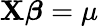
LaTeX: \mathbf{X}{\boldsymbol{\beta}}=\mu\,